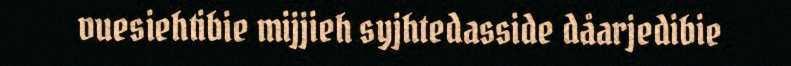
vuesiehtibie mijjieh syjhtedasside dåarjedibie